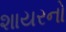
શાયરનો